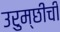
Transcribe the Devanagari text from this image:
उरुम्छीची